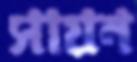
সায়ন